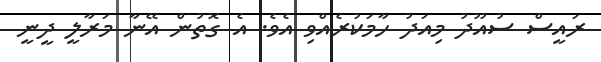
ރައީސް ސުއޫދު މިއަދު ހާމަކުރެއްވި އެވެ. އެ ގޮތުން އޭނާ މަރާލީ ދީނީ